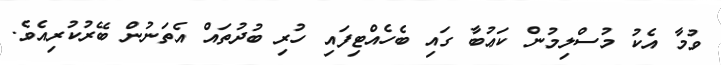
ވުމާ އެކު މުސްލިމުން ކަޢުބާ ގައި ބެހެއްޓިފައި ހުރި ބުދުތައް އެތަނުން ބޭރުކުރިއެވެ.